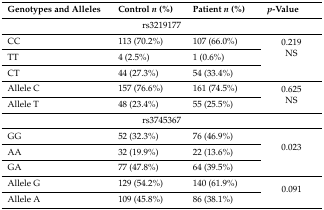
| Genotypes and Alleles | Control n (%) | Patient n (%) | p-Value |
 | --- | --- | --- | --- |
 | <COLSPAN=4> rs3219177 |
 | CC | 113 (70.2%) | 107 (66.0%) | <ROWSPAN=3> 0.219NS |
 | TT | 4 (2.5%) | 1 (0.6%) |
 | CT | 44 (27.3%) | 54 (33.4%) |
 | Allele C | 157 (76.6%) | 161 (74.5%) | <ROWSPAN=2> 0.625NS |
 | Allele T | 48 (23.4%) | 55 (25.5%) |
 | <COLSPAN=4> rs3745367 |
 | GG | 52 (32.3%) | 76 (46.9%) | <ROWSPAN=3> 0.023 |
 | AA | 32 (19.9%) | 22 (13.6%) |
 | GA | 77 (47.8%) | 64 (39.5%) |
 | Allele G | 129 (54.2%) | 140 (61.9%) | <ROWSPAN=2> 0.091 |
 | Allele A | 109 (45.8%) | 86 (38.1%) |